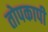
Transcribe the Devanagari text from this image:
तोपकापी